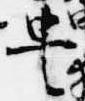
豊